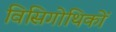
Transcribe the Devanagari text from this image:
विसिगोथिकों